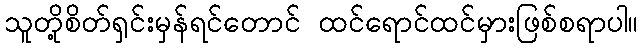
သူတို့စိတ်ရှင်းမှန်ရင်တောင် ထင်ရောင်ထင်မှားဖြစ်စရာပါ။